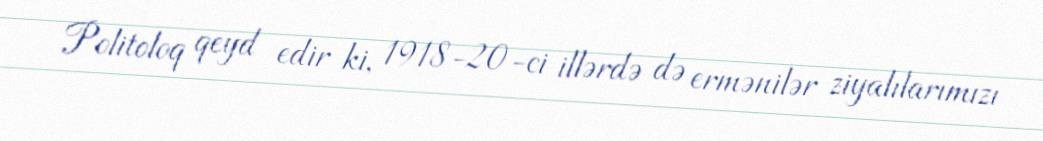
Politoloq qeyd edir ki, 1918-20-ci illərdə də ermənilər ziyalılarımızı